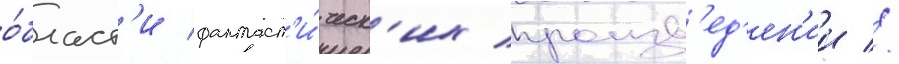
о́бласт'и фантаст'и́ческ'их произв'ед'ен'ии //